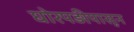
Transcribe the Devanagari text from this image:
घोरपड़ीपासून